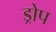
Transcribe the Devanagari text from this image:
ड्रोप